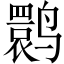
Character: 鹮